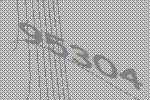
95304